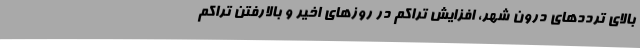
بالای ترددهای درون شهر، افزایش تراکم در روزهای اخیر و بالارفتن تراکم